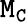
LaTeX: \mathtt{M_{C}}